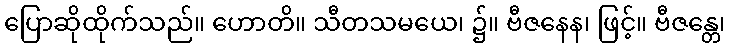
ပြောဆိုထိုက်သည်။ ဟောတိ။ သီတသမယေ၊ ၌။ ဗီဇနေန၊ ဖြင့်။ ဗီဇန္တေ၊